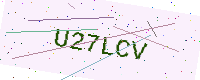
Text: U27LCV